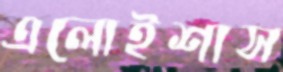
এলোইশাস